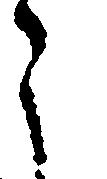
う